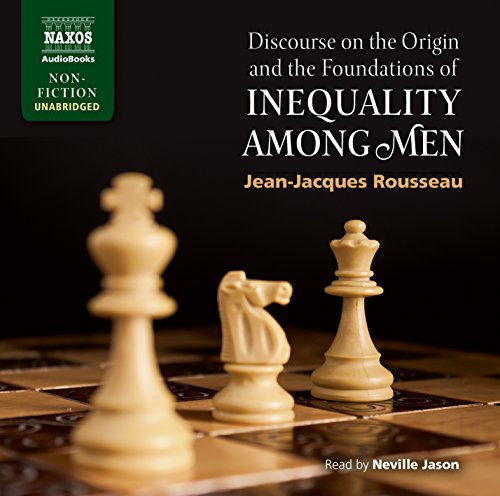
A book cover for Discourse on the Origin and the Foundations of Inequality Among Men; Politics & Social Sciences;